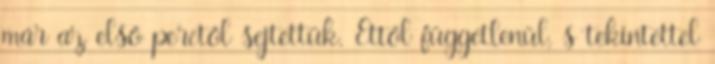
már az első perctől sejtettük. Ettől függetlenül, s tekintettel